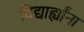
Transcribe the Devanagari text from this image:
विद्यार्ह्यांना